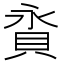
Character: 𧵕